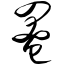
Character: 罨